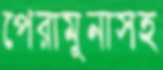
পেরামুনাসহ